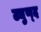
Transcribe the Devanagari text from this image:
ट्युण्द